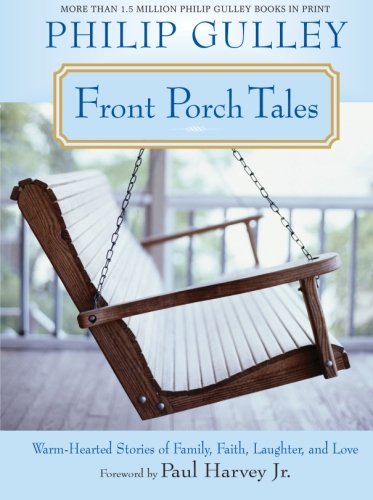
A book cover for Front Porch Tales: Warm Hearted Stories of Family, Faith, Laughter and Love; Philip Gulley; Christian Books & Bibles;